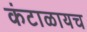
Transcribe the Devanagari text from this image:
कंटाळायच